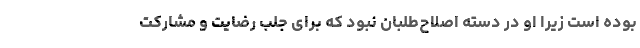
بوده است زیرا او در دسته اصلاح‌طلبان نبود که برای جلب رضایت و مشارکت